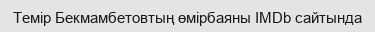
Темір Бекмамбетовтың өмірбаяны IMDb cайтында